Civil Veterinary Department. Central Provinces & Berar 1932-41 - 1932-1941
Year: 1932
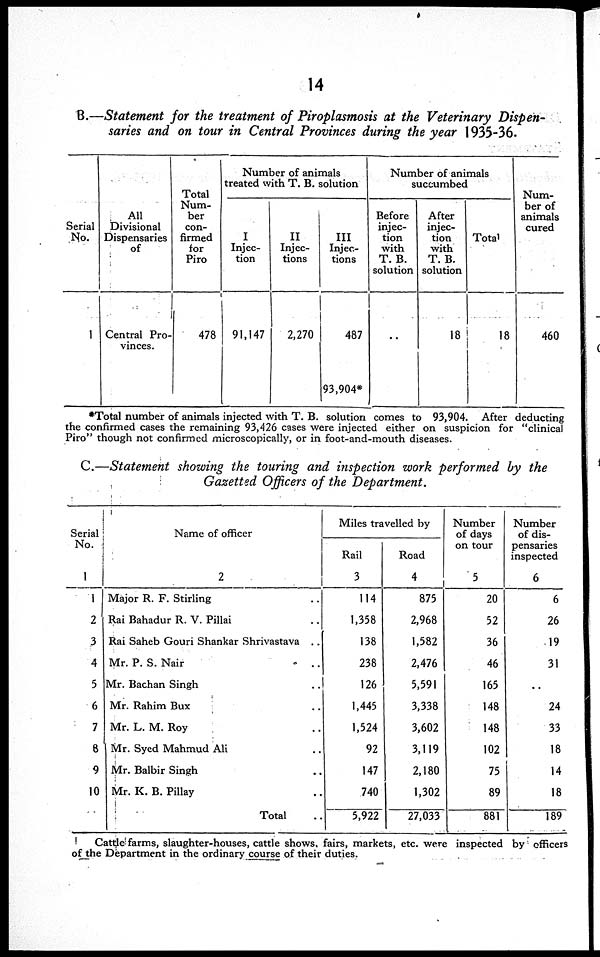
14
B.—Statement for the treatment of Piroplasmosis at the Veterinary Dispen-
saries and on tour in Central Provinces during the year 1935-36.
Serial
No.
1
All
Divisional
Dispensaries
of
Central Pro-
vinces.
Total
Num-
ber
con-
firmed
for
Piro
478
Number of animals
treated with T. B. solution
I
Injec-
tion
91,147
II
Injec-
tions
2,270
III
Injec-
tions
487
93,904*
Number of animals
succumbed
Before
injec-
tion
with
T. B.
solution
..
After
injec-
tion
with
T. B.
solution
18
Total
18
Num-
ber of
animals
cured
460
*Total number of animals injected with T. B. solution comes to 93,904. After deducting
the confirmed cases the remaining 93,426 cases were injected either on suspicion for "clinical
Piro" though not confirmed microscopically, or in foot-and-mouth diseases.
C.—Statement showing the touring and inspection work performed by the
Gazetted Officers of the Department.
Serial
No.
1
1
2
3
4
5
6
7
6
9
10
Name of officer
2
Major R. F. Stirling
Rai Bahadur R. V. Pillai
Rai Saheb Gouri Shankar Shrivastava . .
Mr. P. S. Nair
Mr. Bachan Singh
Mr. Rahim Bux
Mr. L. M. Roy
Mr. Syed Mahmud Ali
Mr. Balbir Singh
Mr. K. B. Pillay
Total
Miles travelled by
Rail
3
114
1,358
138
238
126
1,445
1,524
92
147
740
5,922
Road
4
875
2,968
1,582
2,476
5,591
3,338
3,602
3,119
2,180
1,302
27,033
Number
of days
on tour
5
20
52
36
46
165
148
148
102
75
89
881
Number
of dis-
pensaries
inspected
6
6
26
19
31
..
24
33
18
14
18
189
Cattle farms, slaughter-houses, cattle shows, fairs, markets, etc. were inspected by officers
of the Department in the ordinary course of their duties.